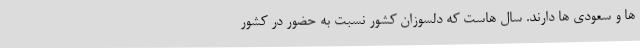
ها و سعودی ها دارند. سال هاست که دلسوزان کشور نسبت به حضور در کشور